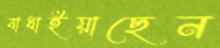
বাধাইয়াছেন